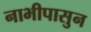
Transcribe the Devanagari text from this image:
नाभीपासुन